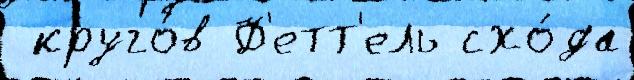
 круго́в Ф'етт'ель схо́да